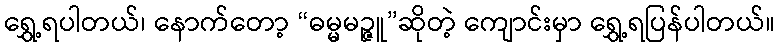
ရွှေ့ရပါတယ်၊ နောက်တော့ “ဓမ္မမဉ္ဇူ”ဆိုတဲ့ ကျောင်းမှာ ရွှေ့ရပြန်ပါတယ်။